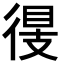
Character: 𢔠